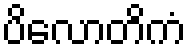
ပိလောတိကံ